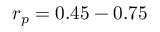
r _ { p } = 0 . 4 5 - 0 . 7 5